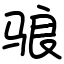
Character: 𬴀